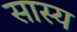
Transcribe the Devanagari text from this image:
सास्य